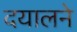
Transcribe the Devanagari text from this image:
दयालने